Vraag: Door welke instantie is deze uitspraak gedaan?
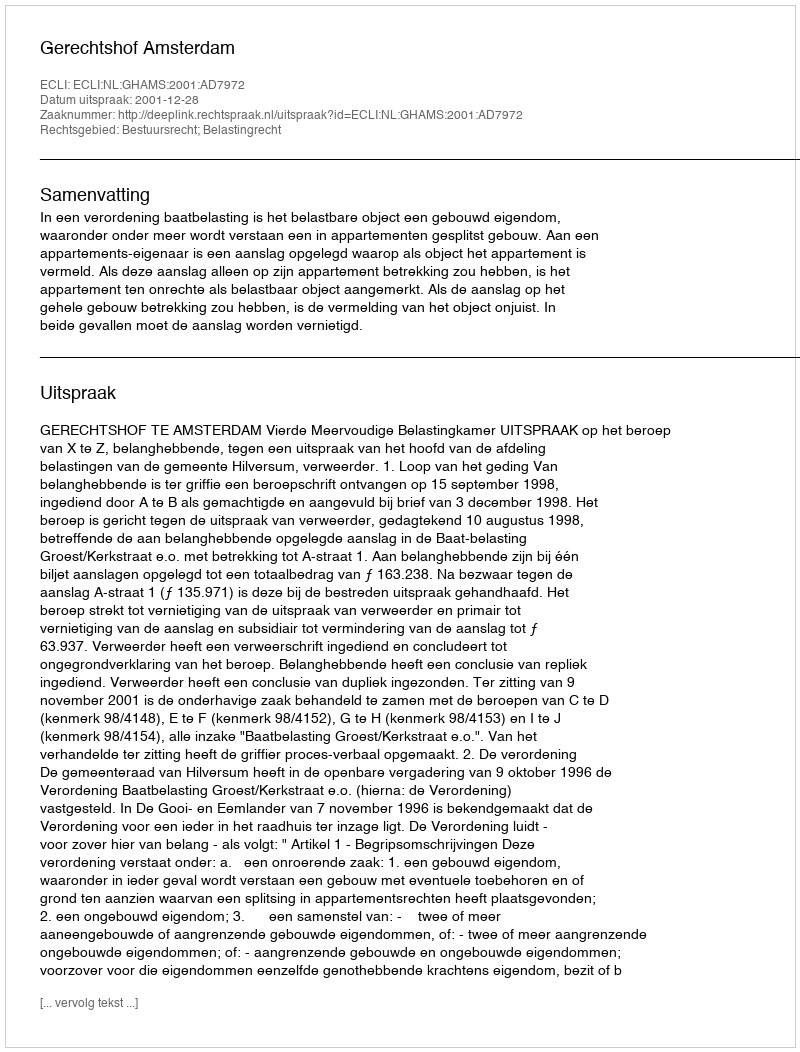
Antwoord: Gerechtshof Amsterdam